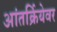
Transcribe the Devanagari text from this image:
आंतर्क्रियेवर